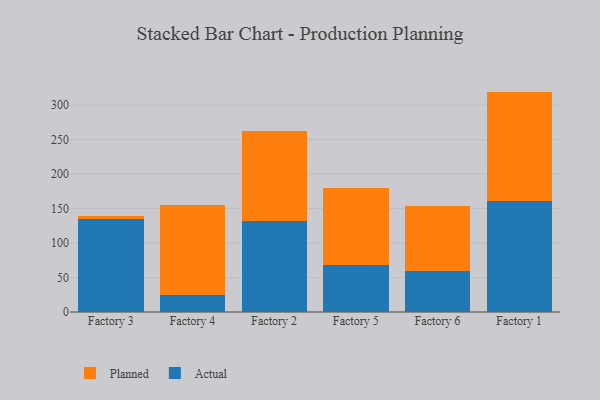
{"axis": {"x": "Factory", "y": "Churn Rate (%)"}, "legend": ["Actual", "Planned"], "data": [{"x": "Factory 3", "y": 134.7, "type": "Actual"}, {"x": "Factory 3", "y": 5.1, "type": "Planned"}, {"x": "Factory 4", "y": 24.4, "type": "Actual"}, {"x": "Factory 4", "y": 131.3, "type": "Planned"}, {"x": "Factory 2", "y": 131.7, "type": "Actual"}, {"x": "Factory 2", "y": 130.1, "type": "Planned"}, {"x": "Factory 5", "y": 68.2, "type": "Actual"}, {"x": "Factory 5", "y": 110.9, "type": "Planned"}, {"x": "Factory 6", "y": 59.8, "type": "Actual"}, {"x": "Factory 6", "y": 94.1, "type": "Planned"}, {"x": "Factory 1", "y": 161.6, "type": "Actual"}, {"x": "Factory 1", "y": 157.9, "type": "Planned"}]}